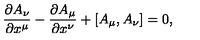
\frac { \partial A _ { \nu } } { \partial x ^ { \mu } } - \frac { \partial A _ { \mu } } { \partial x ^ { \nu } } + [ A _ { \mu } , A _ { \nu } ] = 0 ,